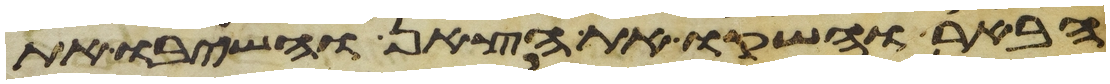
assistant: הבאר והשקו את הצאן והשיבו את